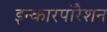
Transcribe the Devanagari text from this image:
इन्कारपॉरेशन